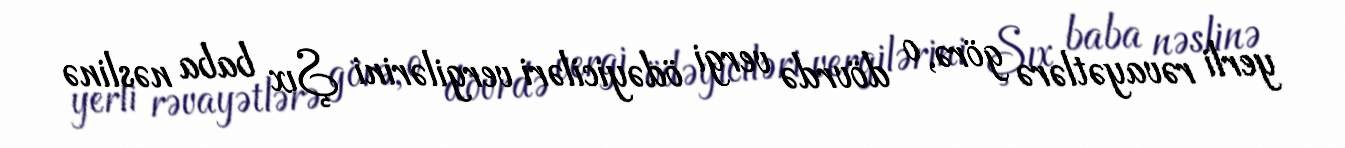
yerli rəvayətlərə görə, o dövrdə vergi ödəyiciləri vergilərini Şıx baba nəslinə